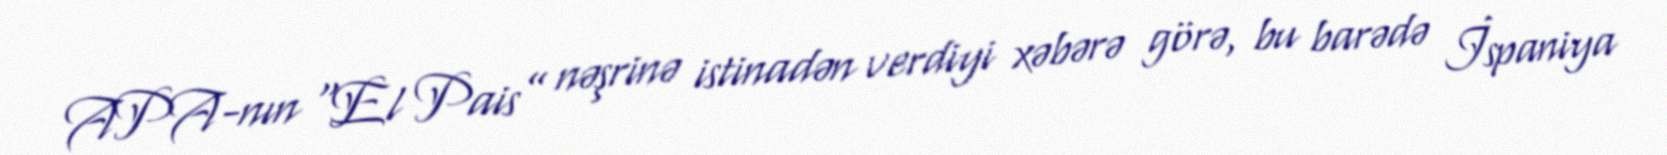
APA-nın “El Pais” nəşrinə istinadən verdiyi xəbərə görə, bu barədə İspaniya